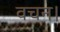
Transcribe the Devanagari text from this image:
वचन।